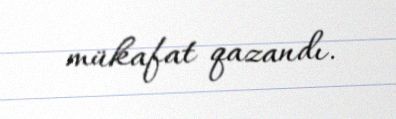
mükafat qazandı.